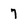
Character: 7